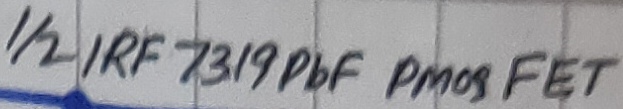
Text: 1/2 IRF 7319PbF PMOS FET